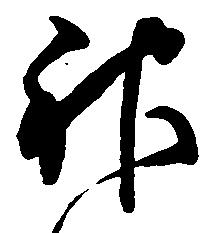
神